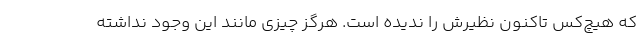
که هیچ‌کس تاکنون نظیرش را ندیده است. هرگز چیزی مانند این وجود نداشته